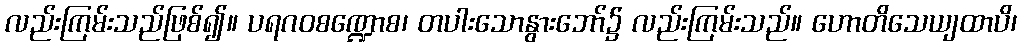
လည်းကြမ်းသည်ဖြစ်၍။ ပရဂဝစဏ္ဍောစ၊ တပါးသောနွားဘော်၌ လည်းကြမ်းသည်။ ဟောတိသေယျထာပိ၊